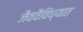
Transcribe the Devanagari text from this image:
जैववैविध्यात